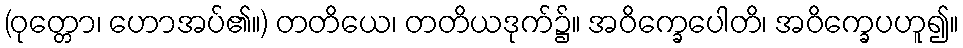
(ဝုတ္တော၊ ဟောအပ်၏။) တတိယေ၊ တတိယဒုက်၌။ အဝိက္ခေပေါတိ၊ အဝိက္ခေပဟူ၍။